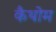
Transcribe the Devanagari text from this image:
कैथोम